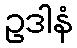
ဥဒါနံ